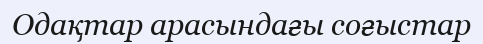
Одақтар арасындағы соғыстар